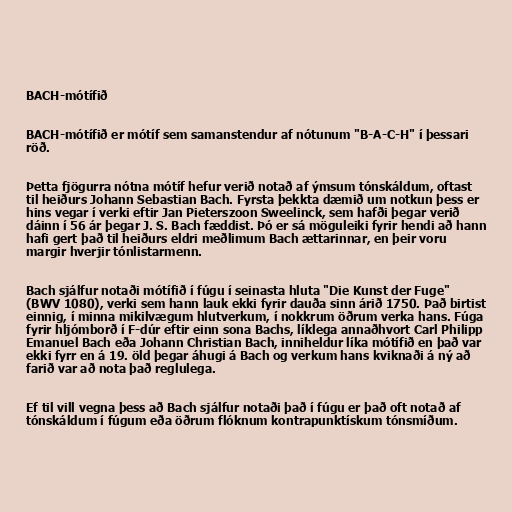
BACH-mótífið

BACH-mótífið er mótíf sem samanstendur af nótunum "B-A-C-H" í þessari
röð.

Þetta fjögurra nótna mótíf hefur verið notað af ýmsum tónskáldum, oftast
til heiðurs Johann Sebastian Bach. Fyrsta þekkta dæmið um notkun þess er
hins vegar í verki eftir Jan Pieterszoon Sweelinck, sem hafði þegar verið
dáinn í 56 ár þegar J. S. Bach fæddist. Þó er sá möguleiki fyrir hendi að hann
hafi gert það til heiðurs eldri meðlimum Bach ættarinnar, en þeir voru
margir hverjir tónlistarmenn.

Bach sjálfur notaði mótífið í fúgu í seinasta hluta "Die Kunst der Fuge"
(BWV 1080), verki sem hann lauk ekki fyrir dauða sinn árið 1750. Það birtist
einnig, í minna mikilvægum hlutverkum, í nokkrum öðrum verka hans. Fúga
fyrir hljómborð í F-dúr eftir einn sona Bachs, líklega annaðhvort Carl Philipp
Emanuel Bach eða Johann Christian Bach, inniheldur líka mótífið en það var
ekki fyrr en á 19. öld þegar áhugi á Bach og verkum hans kviknaði á ný að
farið var að nota það reglulega.

Ef til vill vegna þess að Bach sjálfur notaði það í fúgu er það oft notað af
tónskáldum í fúgum eða öðrum flóknum kontrapunktískum tónsmíðum.